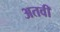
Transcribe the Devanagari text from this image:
अतवी